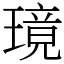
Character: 璄